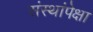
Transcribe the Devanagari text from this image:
संस्थांपेक्षा